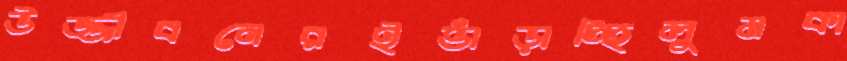
উজ্জীবনেরইভাঁড়াচ্ছিলুমকা